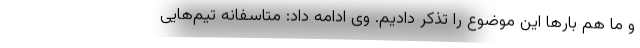
و ما هم بارها این موضوع را تذکر دادیم. وی ادامه داد: متاسفانه تیم‌هایی